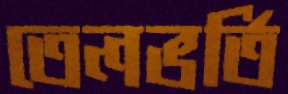
তেলভর্তি